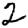
Digit: 2